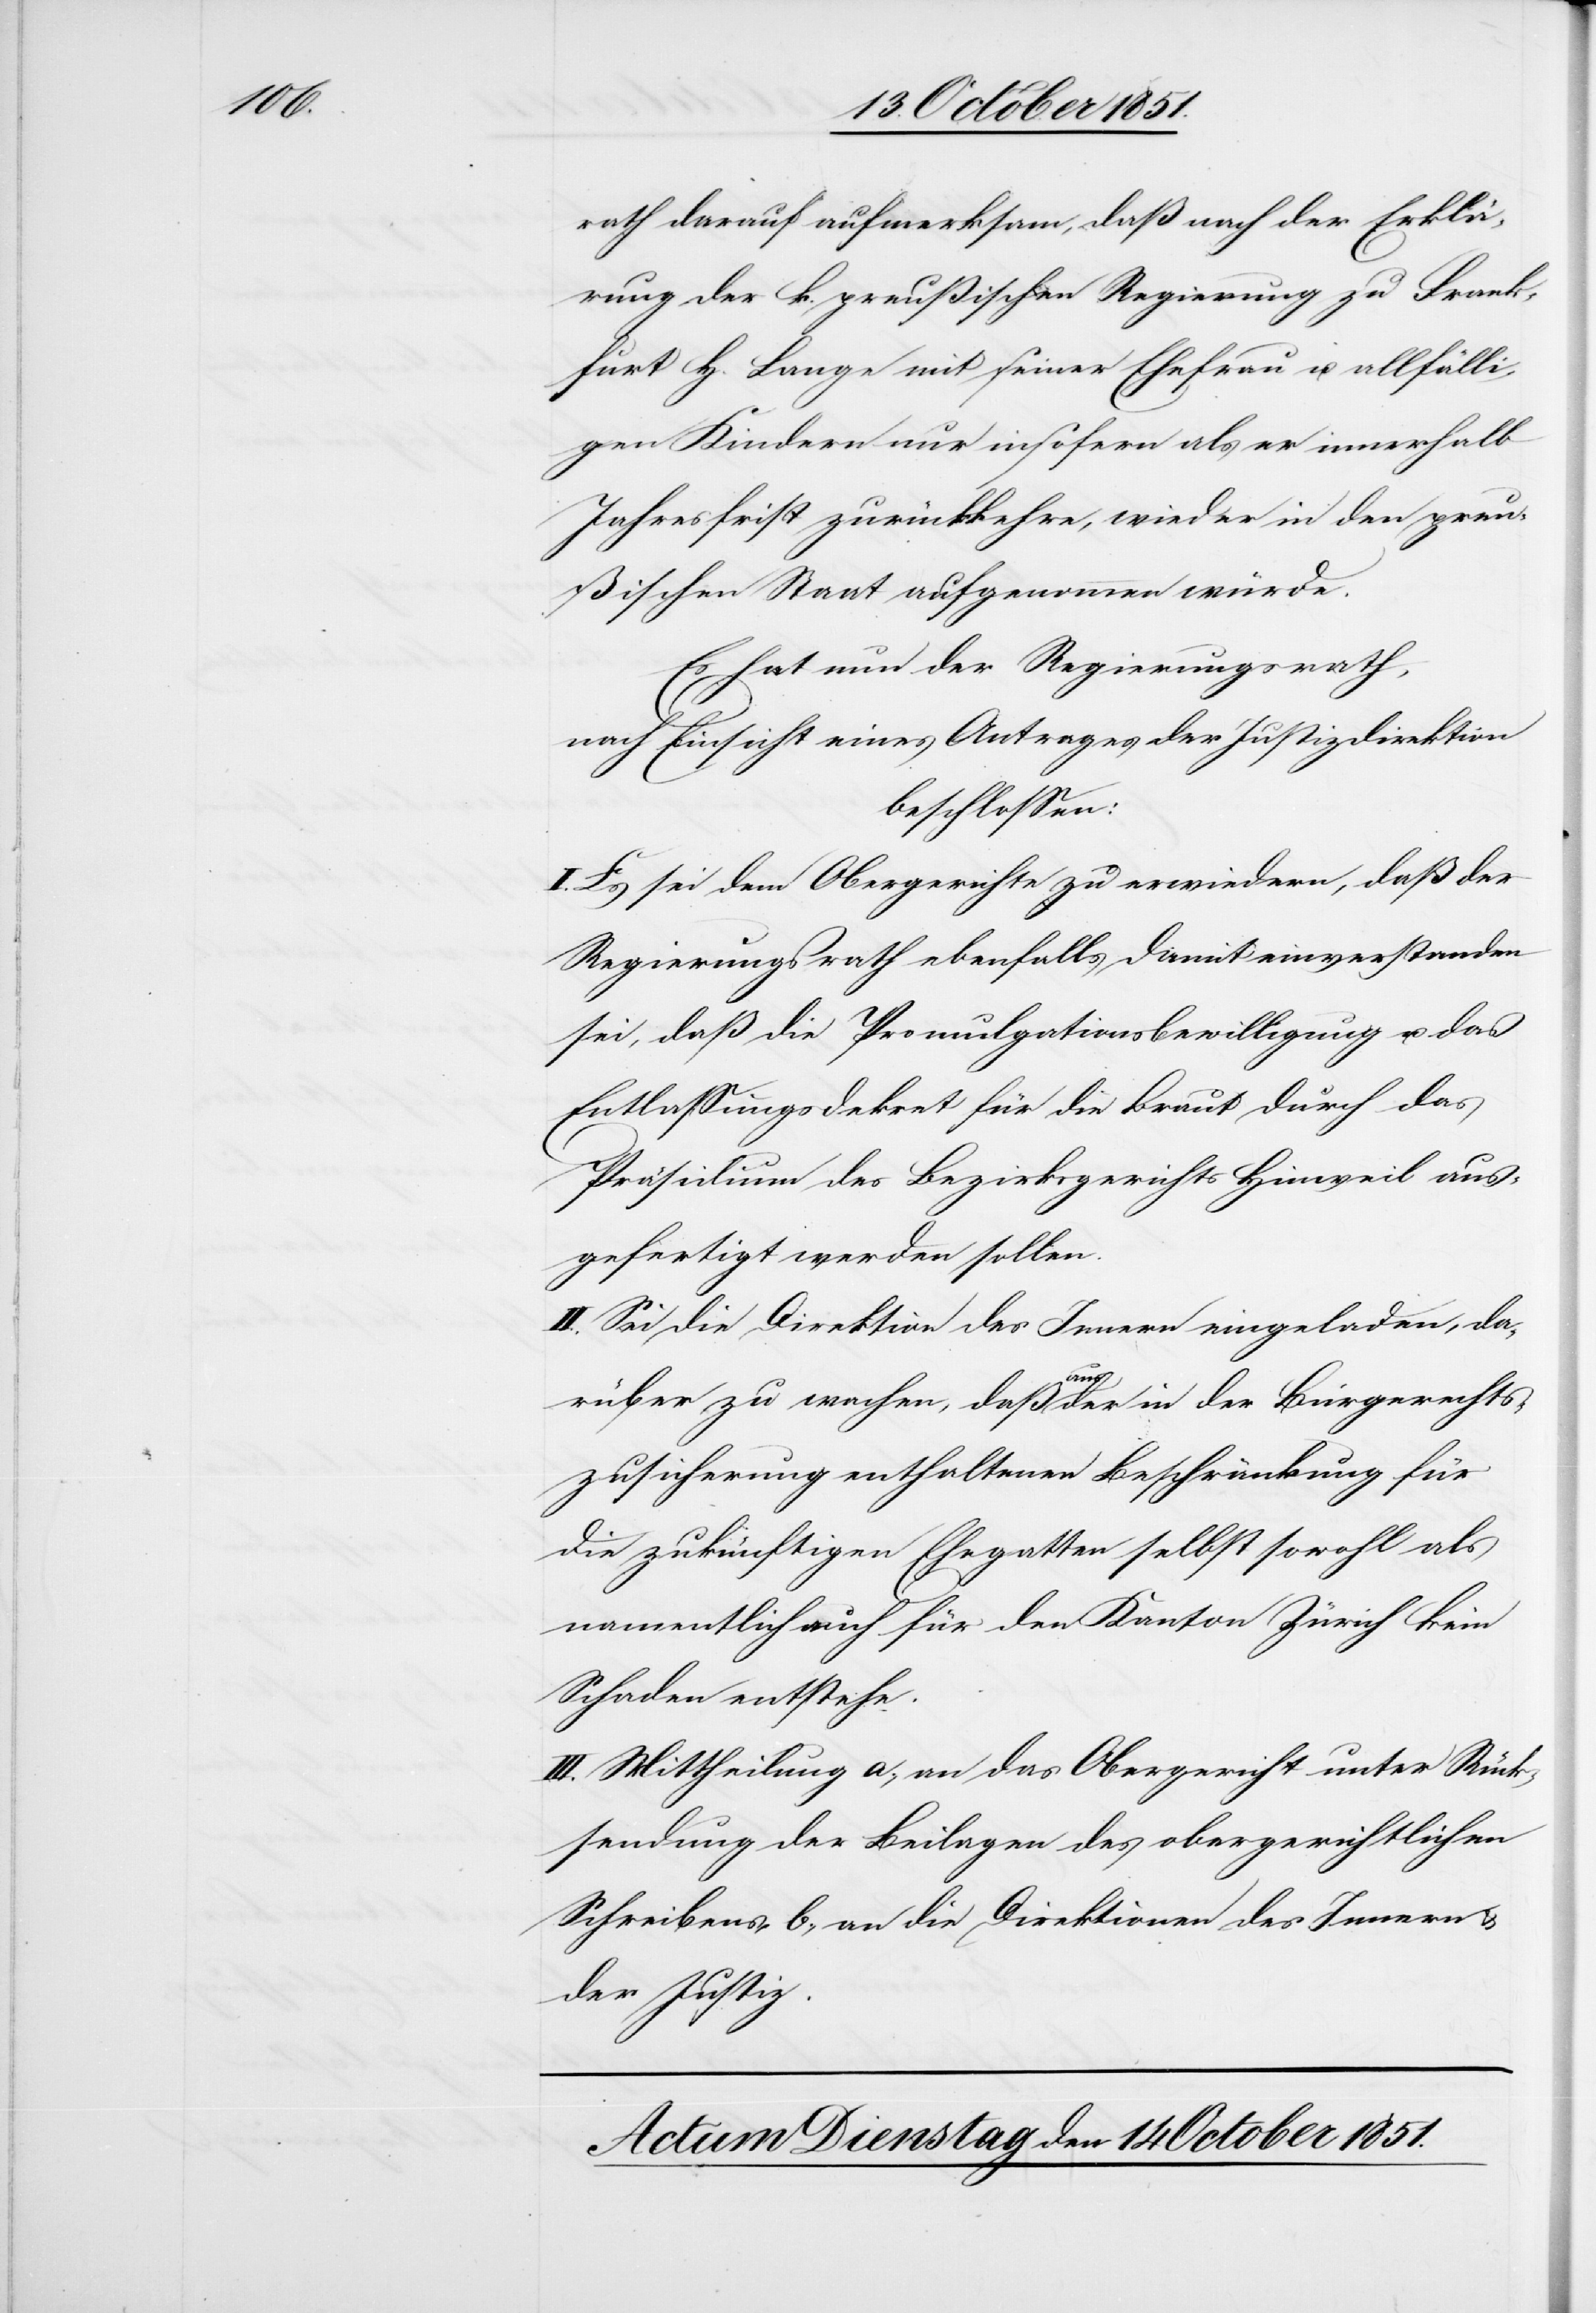
rath darauf aufmerksam, daß nach der Erklä¬
rung der k. preußischen Regierung zu Frank¬
furt H. Lange mit seiner Ehefrau u. allfälli¬
gen Kindern nur insofern als er innerhalb
Jahresfrist zurückkehre, wieder in den preu¬
ßischen Staat aufgenommen würde.
Es hat nun der Regierungsrath,
nach Einsicht eines Antrages der Justizdirektion
beschlossen:
I. Es sei dem Obergerichte zu erwiedern, daß der
Regierungsrath ebenfalls damit einverstanden
sei, daß die Promulgationsbewilligung u. das
Entlassungsdekret für die Braut durch das
Präsidium des Bezirksgerichts Hinweil aus¬
gefertigt werden sollen.
II. Sei die Direktion des Innern eingeladen, da¬
rüber zu wachen, daß aus der in der Bürger[r]echts¬
zusicherung enthaltenen Beschränkung für
die zukünftigen Ehegatten selbst sowohl als
namentlich auch für den Kanton Zürich kein
Schaden entstehe.
III. Mittheilung a., an das Obergericht unter Rück¬
sendung der Beilagen des obergerichtlichen
Schreibens, b., an die Direktionen des Innern &
der Justiz.